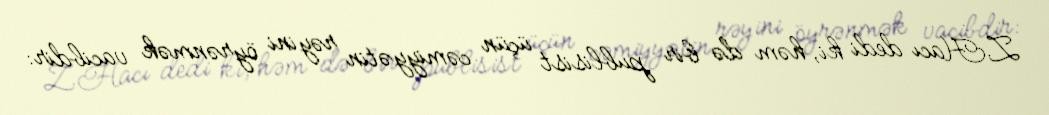
Z.Hacı dedi ki, həm də bir publisist üçün cəmiyyətin rəyini öyrənmək vacibdir: